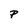
Character: P